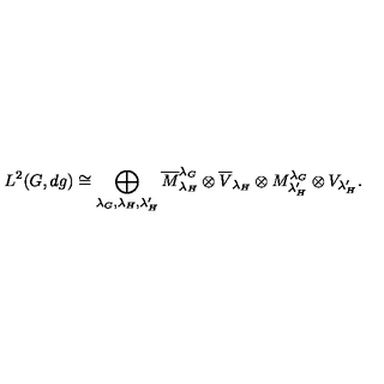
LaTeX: L ^ { 2 } ( G , d g ) \cong \bigoplus _ { \lambda _ { G } , \lambda _ { H } , \lambda _ { H } ^ { \prime } } \overline { { M } } _ { \lambda _ { H } } ^ { \lambda _ { G } } \otimes \overline { { V } } _ { { \lambda _ { H } } } \otimes M _ { \lambda _ { H } ^ { \prime } } ^ { \lambda _ { G } } \otimes V _ { \lambda _ { H } ^ { \prime } } .